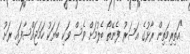
"އަތިރިމަތިން ރާޅުގެ އަސަރު ފެނޭތޯ ބެލުމަށް ވެސް ވަކި ބަޔަކު ހަމަޖައްސާފައި ރަށު